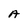
Character: A